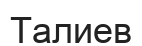
Талиев